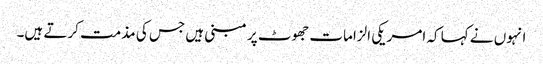
انہوں نے کہا کہ امریکی الزامات جھوٹ پر مبنی ہیں جس کی مذمت کرتے ہیں۔